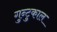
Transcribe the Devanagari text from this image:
गुन्टुकाल